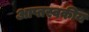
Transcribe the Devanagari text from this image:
आप्तस्वकीय